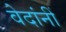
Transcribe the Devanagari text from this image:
वेदांनीं